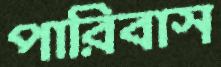
পারিবাস